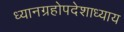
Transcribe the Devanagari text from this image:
ध्यानग्रहोपदेशाध्याय